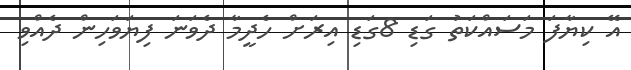
އޭ ކިޔާފަ މަސައްކަތު ގަޑި 8ގަޑި އިރަށް ހެދީމާ ދެވަނަ ފިޔަވަހިން ދެއްވި